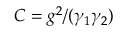
C = g ^ { 2 } / ( \gamma _ { 1 } \gamma _ { 2 } )